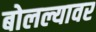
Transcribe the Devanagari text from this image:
बोलल्यावर